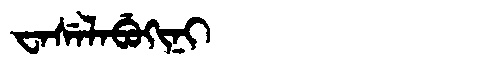
Manchu: ᠸᠠᠰᡝᠯᠠᠪᡠᡴᡳᠨᡳ
Romanization: WASELABUKINI